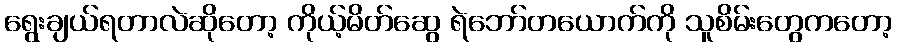
ရွေးချယ်ရတာလဲဆိုတော့ ကိုယ့်မိတ်ဆွေ ရဲဘော်တယောက်ကို သူစိမ်းတွေကတော့